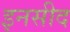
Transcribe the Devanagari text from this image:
इनसीद